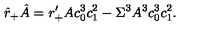
\hat { r } _ { + } \hat { A } = r _ { + } ^ { \prime } A c _ { 0 } ^ { 3 } c _ { 1 } ^ { 2 } - \Sigma ^ { 3 } A ^ { 3 } c _ { 0 } ^ { 3 } c _ { 1 } ^ { 2 } .